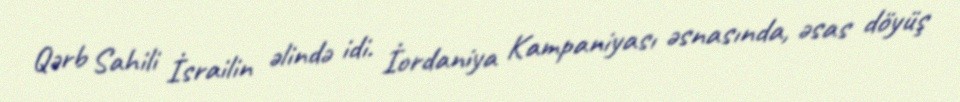
Qərb Sahili İsrailin əlində idi. İordaniya Kampaniyası əsnasında, əsas döyüş